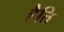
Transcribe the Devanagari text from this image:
हैति